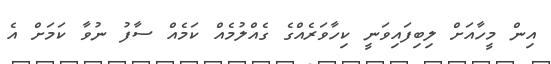
އިން މީހާއަށް ލިބިފައިވަނީ ކިހާވަރެއްގެ ގެއްލުމެއް ކަމެއް ސާފު ނުވާ ކަމަށް އެ